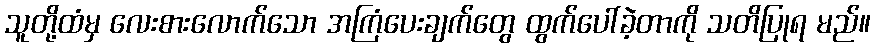
သူတို့ထံမှ လေးစားလောက်သော အကြံပေးချက်တွေ ထွက်ပေါ်ခဲ့တာကို သတိပြုရ မည်။